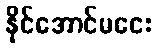
နိုင်အောင်မငေး